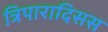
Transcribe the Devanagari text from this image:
त्रिपारादिसस